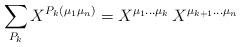
LaTeX: \begin{align*}\sum_{P_k} X^{P_k(\mu_1 \mu_n)} = X^{\mu_1\ldots\mu_k} \, X^{\mu_{k+1}\ldots\mu_n}\end{align*}